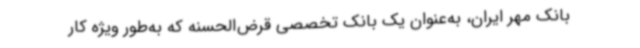
بانک مهر ایران، به‌عنوان یک بانک تخصصی قرض‌الحسنه که به‌طور ویژه کار